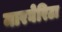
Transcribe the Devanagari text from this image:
मारघेरिटा